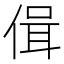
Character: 偮